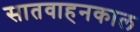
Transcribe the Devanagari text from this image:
सातवाहनकाल